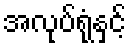
အလုပ်ရုံနှင့်